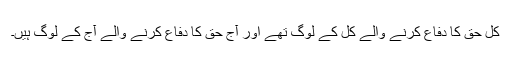
کل حق کا دفاع کرنے والے کل کے لوگ تھے اور آج حق کا دفاع کرنے والے آج کے لوگ ہیں۔